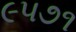
૯૫૭૧